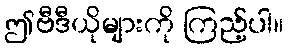
ဤဗီဒီယိုများကို ကြည့်ပါ။